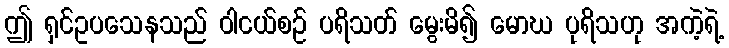
ဤ ရှင်ဥပသေနသည် ဝါငယ်စဉ် ပရိသတ် မွေးမိ၍ မောဃ ပုရိသဟု အကဲ့ရဲ့